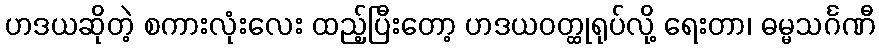
ဟဒယဆိုတဲ့ စကားလုံးလေး ထည့်ပြီးတော့ ဟဒယဝတ္ထုရုပ်လို့ ရေးတာ၊ ဓမ္မသင်္ဂဏီ